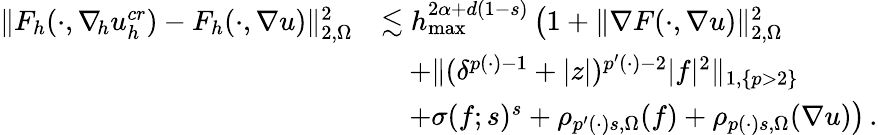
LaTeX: \begin{array}{r}{\begin{array}{rl}{\| F_{h}(\cdot,\nabla_{\! h}u_{h}^{\textit{cr}})-F_{h}(\cdot,\nabla u)\| _{2,\Omega}^{2}}&{\lesssim h_{\operatorname*{max}}^{2\alpha+d(1-s)}\, \big(1+\| \nabla F(\cdot,\nabla u)\| _{2,\Omega}^{2}}\\ &{\quad+\| (\delta^{p(\cdot)-1}+\vert z\vert)^{p^{\prime}(\cdot)-2}\vert f\vert^{2}\| _{1,\{ p>2\} }}\\ &{\quad+\sigma(f;s)^{s}+\rho_{p^{\prime}(\cdot)s,\Omega}(f)+\rho_{p(\cdot)s,\Omega}(\nabla u)\big)\, .}\end{array}}\end{array}